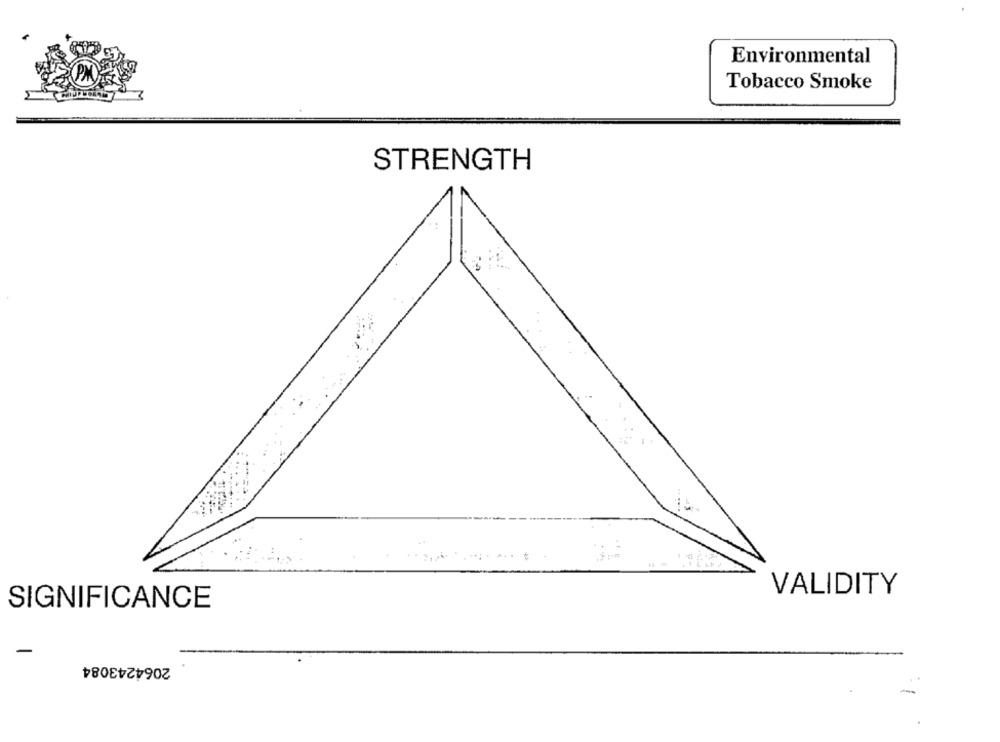
Environmental
Tobacco Smoke
STRENGTH
VALIDITY
SIGNIFICANCE
-
2064243084